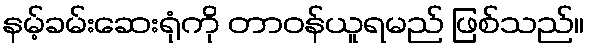
နမ့်ခမ်းဆေးရုံကို တာဝန်ယူရမည် ဖြစ်သည်။